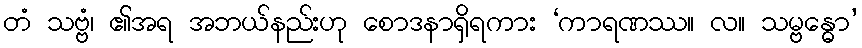
တံ သဗ္ဗံ၊ ၏အရ အဘယ်နည်းဟု စောဒနာရှိရကား ‘ကာရဏဿ။ လ။ သမ္ဗန္ဓော’